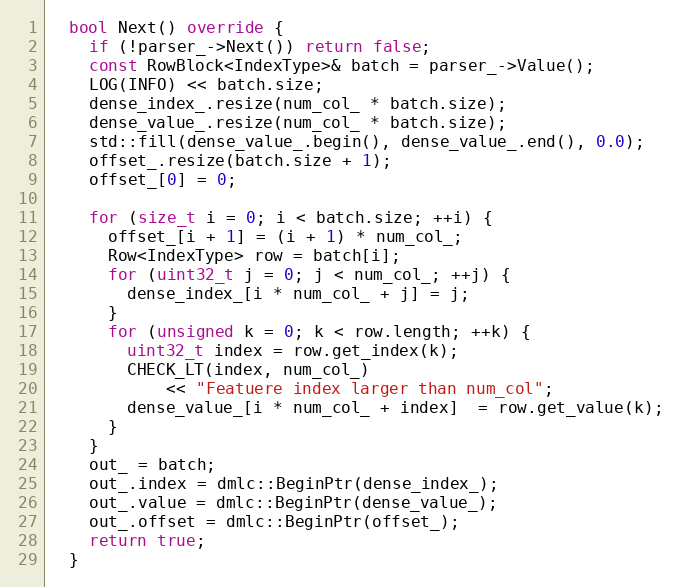
Language: C++
  bool Next() override {
    if (!parser_->Next()) return false;
    const RowBlock<IndexType>& batch = parser_->Value();
    LOG(INFO) << batch.size;
    dense_index_.resize(num_col_ * batch.size);
    dense_value_.resize(num_col_ * batch.size);
    std::fill(dense_value_.begin(), dense_value_.end(), 0.0);
    offset_.resize(batch.size + 1);
    offset_[0] = 0;

    for (size_t i = 0; i < batch.size; ++i) {
      offset_[i + 1] = (i + 1) * num_col_;
      Row<IndexType> row = batch[i];
      for (uint32_t j = 0; j < num_col_; ++j) {
        dense_index_[i * num_col_ + j] = j;
      }
      for (unsigned k = 0; k < row.length; ++k) {
        uint32_t index = row.get_index(k);
        CHECK_LT(index, num_col_)
            << "Featuere index larger than num_col";
        dense_value_[i * num_col_ + index]  = row.get_value(k);
      }
    }
    out_ = batch;
    out_.index = dmlc::BeginPtr(dense_index_);
    out_.value = dmlc::BeginPtr(dense_value_);
    out_.offset = dmlc::BeginPtr(offset_);
    return true;
  }